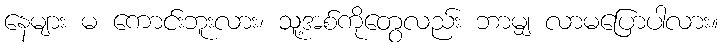
နေများ မ ကောင်းဘူးလား၊ သူ့အစ်ကိုတွေလည်း ဘာမျှ လာမပြောပါလား။